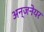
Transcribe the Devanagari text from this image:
अन्जनेयर